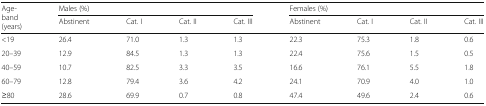
| <ROWSPAN=2> Age-band (years) | <COLSPAN=4> Males (%) | <COLSPAN=4> Females (%) |
 | Abstinent | Cat. I | Cat. II | Cat. III | Abstinent | Cat. I | Cat. II | Cat. III |
 | --- | --- | --- | --- | --- | --- | --- | --- | --- |
 | <19 | 26.4 | 71.0 | 1.3 | 1.3 | 22.3 | 75.3 | 1.8 | 0.6 |
 | 20–39 | 12.9 | 84.5 | 1.3 | 1.3 | 22.4 | 75.6 | 1.5 | 0.5 |
 | 40–59 | 10.7 | 82.5 | 3.3 | 3.5 | 16.6 | 76.1 | 5.5 | 1.8 |
 | 60–79 | 12.8 | 79.4 | 3.6 | 4.2 | 24.1 | 70.9 | 4.0 | 1.0 |
 | ≥80 | 28.6 | 69.9 | 0.7 | 0.8 | 47.4 | 49.6 | 2.4 | 0.6 |